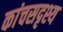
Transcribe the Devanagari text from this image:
कांचसदृश्य